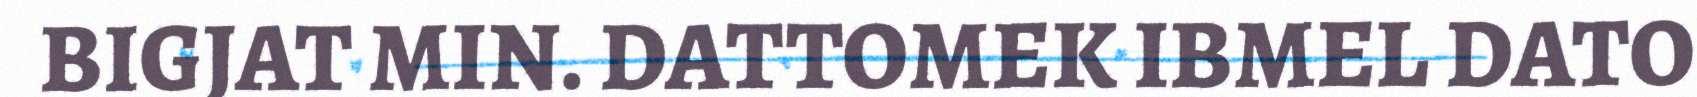
BIGJAT MIN. DATTOMEK IBMEL DATO